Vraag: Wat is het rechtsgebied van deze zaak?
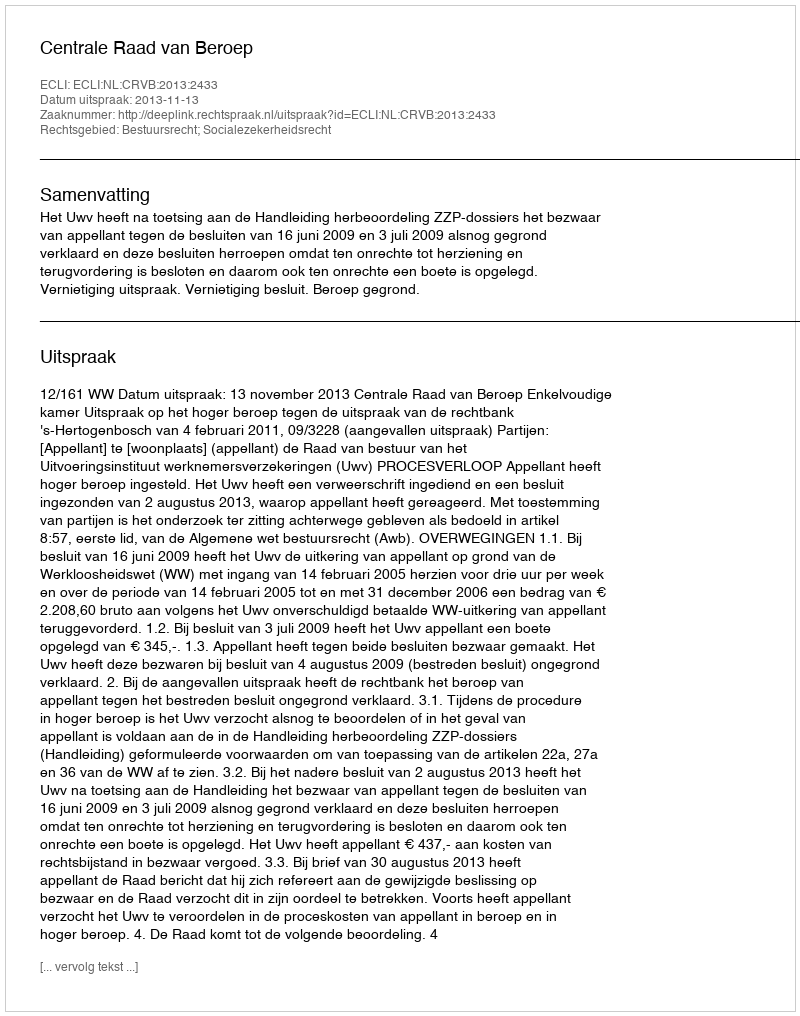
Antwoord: Bestuursrecht; Socialezekerheidsrecht